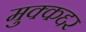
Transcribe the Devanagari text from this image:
मुक्कद्दर